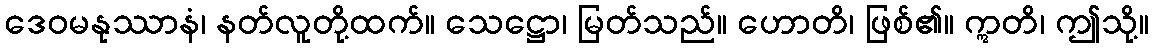
ဒေဝမနုဿာနံ၊ နတ်လူတို့ထက်။ သေဋ္ဌော၊ မြတ်သည်။ ဟောတိ၊ ဖြစ်၏။ ဣတိ၊ ဤသို့။